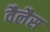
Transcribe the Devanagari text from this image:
वैलैस